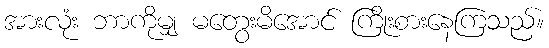
အားလုံး ဘာကိုမျှ မတွေးမိအောင် ကြိုးစားနေကြသည်။